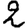
Digit: 2